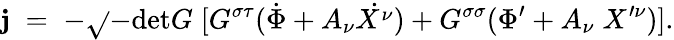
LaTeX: \mathbf{j}\; =\; -\sqrt{}{{-\mathrm{{det}}G}}\; [G^{\sigma\tau}(\dot{{\Phi}}+A_{\nu}\dot{{X^{\nu}}})+G^{\sigma\sigma}(\Phi^{\prime}+A_{\nu}\; X^{\prime\nu})].